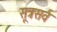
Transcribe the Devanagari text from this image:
सूत्रसर्व